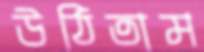
উঠিতাম